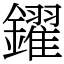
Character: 鑃